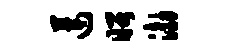
莲昭渤